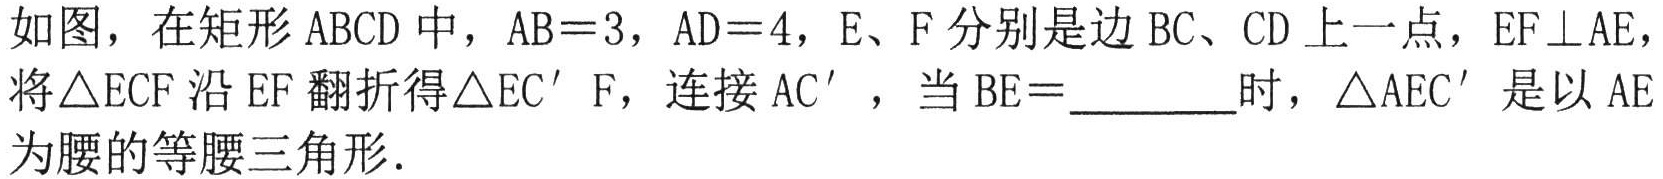
如图，在矩形 \(ABCD\) 中，\(AB = 3\)，\(AD = 4\)，\(E、F\) 分别是边 \(BC、CD\) 上一点，\(EF\perp AE\)，将\(\triangle ECF\) 沿 \(EF\) 翻折得\(\triangle EC^{\prime}F\)，连接 \(AC^{\prime}\)，当 \(BE =\underline{\quad\quad}\)时，\(\triangle AEC^{\prime}\) 是以 \(AE\) 为腰的等腰三角形．